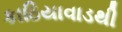
કાઠિયાવાડથી